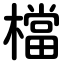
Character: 檔